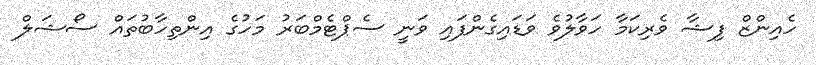
ހެއިންޒް ފިޝާ ވެރިކަމާ ހަވާލުވެ ވަޑައިގެންފައި ވަނީ ސެޕްޓެމްބަރު މަހުގެ އިންތިހާބުތައް ސޯޝަލް